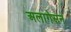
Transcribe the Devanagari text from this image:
अलागेसन